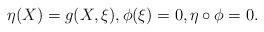
LaTeX: \begin{align*}\eta (X)=g(X,\xi ),\phi (\xi )=0,\eta \circ \phi =0.\end{align*}